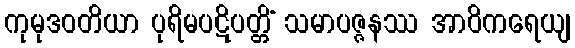
ကုမုဒဝတိယာ ပုရိမပဋိပတ္တိံ သမာပဇ္ဇနဿ အာဝိကရေယျ